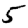
Digit: 5